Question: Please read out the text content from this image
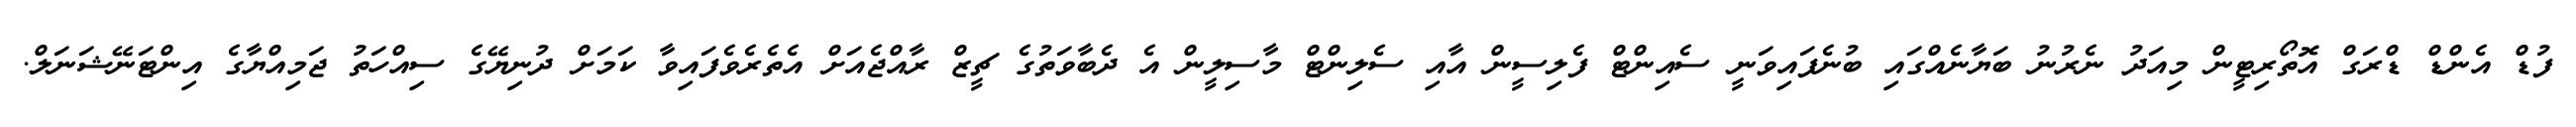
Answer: ފުޑް އެންޑް ޑްރަގް އޮތޯރިޓީން މިއަދު ނެރުނު ބަޔާނެއްގައި ބުނެފައިވަނީ ސެއިންޓް ފެލިސީން އާއި ސެލިންޓް މާސިލީން އެ ދެބާވަތުގެ ޗީޒް ރާއްޖެއަށް އެތެރެވެފައިވާ ކަމަށް ދުނިޔޭގެ ސިއްހަތު ޖަމިއްޔާގެ އިންޓަނޭޝަނަލް.